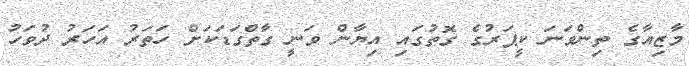
މާޒިއާގެ ތިންވަނަ ކީޕަރުގެ ގޮތުގައި އިޔާން ވަނީ ގާތްގަޑަކަށް ހަތަރު އަހަރު ދުވަހު